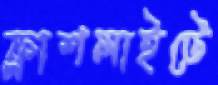
ফ্লাশলাইটে